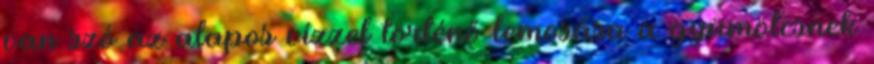
van szó az alapos vízzel történő lemosása a gyümölcsnek